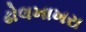
ઢોલખાખરા